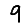
Digit: 9